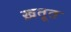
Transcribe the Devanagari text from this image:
ख़तूत